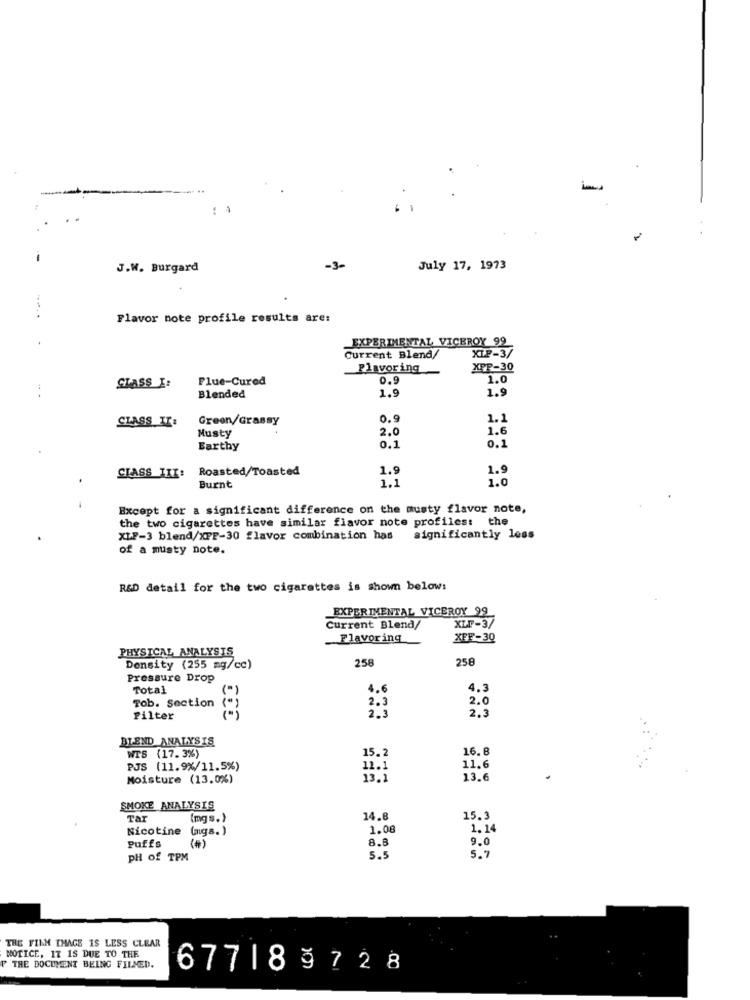
-
J.W. Burgard
-3-
July 17, 1973
--
. .
Flavor note profile results are:
EXPERIMENTAL VICEROY 99
KIP-3/
Current Blend/
Flavoring
XPP-30
Flue-Cured
0.9
1.0
CLASS I:
1.9
1.9
Blended
CLASS II:
Green/Grassy
1.1
Musty
2.0
1.6
Earthy
0.1
0.1
Roasted/Toasted
1.9
1.9
CLASS IXI:
1.1
1.0
Burnt
Except for a significant difference on the musty flavor note,
the two cigarettes have similar flavor note profiles: the
XLP-3 blend/XPP-30 flavor combination has significantly less
of a musty note.
R&D detail for the two cigarettes is shown below:
EXPERIMENTAL VICEROY 99
XLP-37
Current Blend/
Flavoring
XFF-30
PHYSICAL ANALYSIS
258
258
Density (255 mg/cc)
Pressure Drop
Total
4.6
4.3
2.3
2.0
Tob. Section
2.3
2.3
Filter
EEE
BLEND ANALYSIS
WTS (17.3%)
16.8
15.2
PJS (11.9%/11.5%)
11.1
11.6
Moisture (13.0%)
13.6
SMOKE ANALYSIS
(mg s.)
14.8
15.3
Nicotine
(ags. )
1.08
1. 14
Puffs
8.8
9.0
(0)
PH of TPM
5 .!
5.
THE FILM IMAGE IS LESS CLEAR
NOTICE, IT IS DUE TO THE
THE DOCUMENT BEING FILMED.
677189728